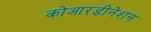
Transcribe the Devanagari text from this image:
कोआरडीनेशन